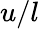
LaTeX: u/l